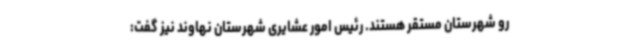
رو شهرستان مستقر هستند. رئیس امور عشایری شهرستان نهاوند نیز گفت: